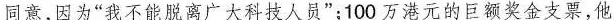
同意，因为”我不能脱离广大科技人员”；100万港元的巨额奖金支票，他